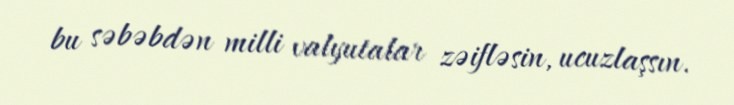
bu səbəbdən milli valyutalar zəifləsin, ucuzlaşsın.